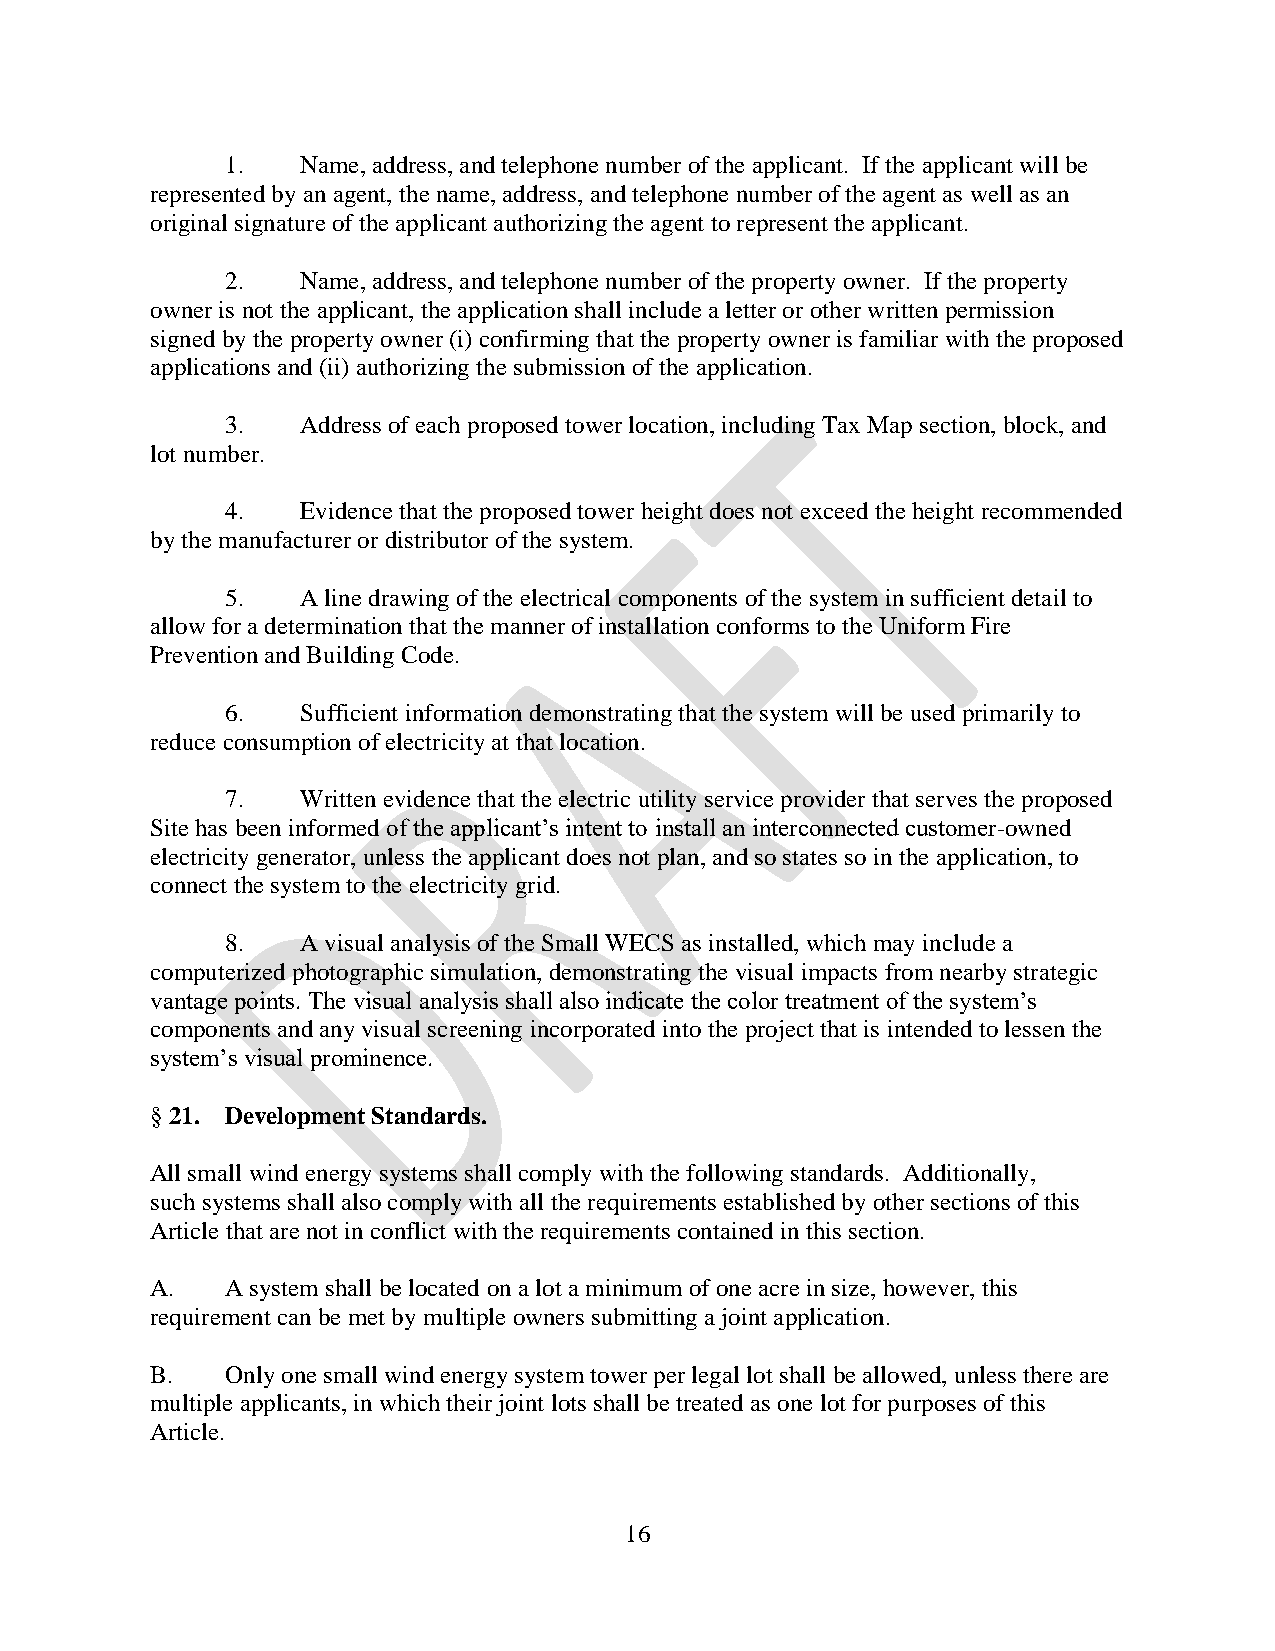
1.   Name, address, and telephone number of the applicant. If the applicant will be
 represented by an agent, the name, address, and telephone number of the agent as well as an
 original signature of the applicant authorizing the agent to represent the applicant.
 2.   Name, address, and telephone number of the property owner. If the property
 owner is not the applicant, the application shall include a letter or other written permission
 signed by the property owner (i) confirming that the property owner is familiar with the proposed
 applications and (ii) authorizing the submission of the application.
 3.   Address of each proposed tower location, including Tax Map section, block, and
 lot number.
 4.   Evidence that the proposed tower height does not exceed the height recommended
 by the manufacturer or distributor of the system.
 5.   A line drawing of the electrical components of the system in sufficient detail to
 allow for a determination that the manner of installation conforms to the Uniform Fire
 Prevention and Building Code.
 6.   Sufficient information demonstrating that the system will be used primarily to
 reduce consumption of electricity at that location.
 7.   Written evidence that the electric utility service provider that serves the proposed
 Site has been informed of the applicant’s intent to install an interconnected customer-owned
 electricity generator, unless the applicant does not plan, and so states so in the application, to
 connect the system to the electricity grid.
 8.   A visual analysis of the Small WECS as installed, which may include a
 computerized photographic simulation, demonstrating the visual impacts from nearby strategic
 vantage points. The visual analysis shall also indicate the color treatment of the system’s
 components and any visual screening incorporated into the project that is intended to lessen the
 system’s visual prominence.
 § 21. Development Standards.
 All small wind energy systems shall comply with the following standards. Additionally,
 such systems shall also comply with all the requirements established by other sections of this
 Article that are not in conflict with the requirements contained in this section.
 A.   A system shall be located on a lot a minimum of one acre in size, however, this
 requirement can be met by multiple owners submitting a joint application.
 B.   Only one small wind energy system tower per legal lot shall be allowed, unless there are
 multiple applicants, in which their joint lots shall be treated as one lot for purposes of this
 Article.
 16